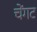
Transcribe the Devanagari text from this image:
चेंगट